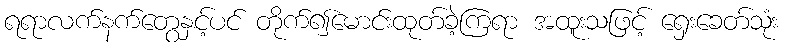
ရရာလက်နက်တွေနှင့်ပင် တိုက်၍မောင်းထုတ်ခဲ့ကြရာ အထူးသဖြင့် ရှေးခေတ်သုံး